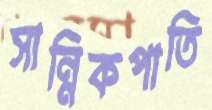
সান্নিকপাতি